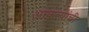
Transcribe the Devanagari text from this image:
आकृत्यांची